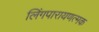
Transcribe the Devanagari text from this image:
लिंगपारायणत्मक